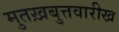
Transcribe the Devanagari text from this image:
मुतख़बुत्तवारीख